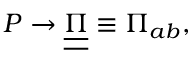
P \rightarrow \underline { { \underline { { \Pi } } } } \equiv \Pi _ { a b } ,